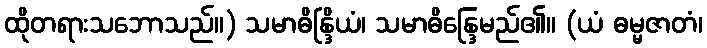
ထိုတရားသဘောသည်။) သမာဓိန္ဒြိယံ၊ သမာဓိန္ဒြေမည်၏။ (ယံ ဓမ္မဇာတံ၊